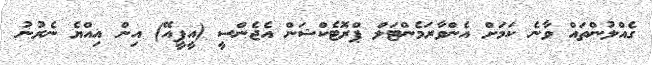
ގެއްލުންތައް ވާނެ ކަމަށް އެންވާރަމެންޓަލް ޕްރޮޓެކްޝަން އެޖެންސީ (އީޕީއޭ) އިން އިއްޔެ ނެރުނު